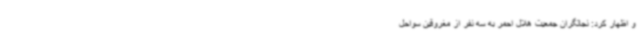
و اظهار کرد: نجاتگران جمعیت هلال احمر به سه نفر از مغروقین سواحل